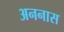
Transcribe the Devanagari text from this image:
अननास